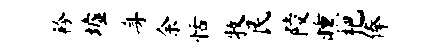
衿墟身余恬牧民陵曛杷俸